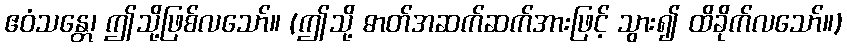
ဧဝံသန္တေ၊ ဤသို့ဖြစ်လသော်။ (ဤသို့ ဓာတ်အဆက်ဆက်အားဖြင့် သွား၍ ထိခိုက်လသော်။)